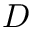
D